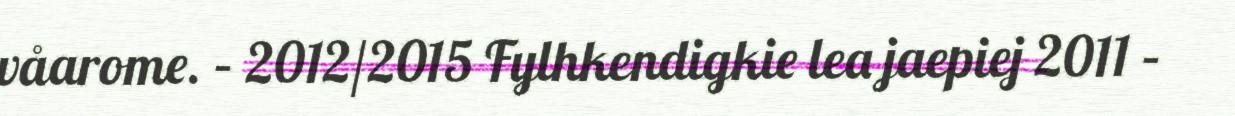
våarome. – 2012/2015 Fylhkendigkie lea jaepiej 2011 –